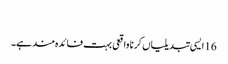
‏
16 ایسی تبدیلیاں کرنا واقعی بہت فائدہ‌مند ہے۔